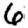
Digit: 6